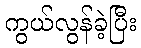
ကွယ်လွန်ခဲ့ပြီး